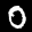
Label: 0